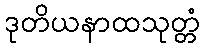
ဒုတိယနာထသုတ္တံ